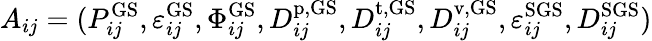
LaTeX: A_{ij}=(P_{ij}^{\mathrm{GS}},\varepsilon_{ij}^{\mathrm{GS}},\Phi_{ij}^{\mathrm{GS}},D_{ij}^{\mathrm{p,GS}},D_{ij}^{\mathrm{t,GS}},D_{ij}^{\mathrm{v,GS}},\varepsilon_{ij}^{\mathrm{SGS}},D_{ij}^{\mathrm{SGS}})